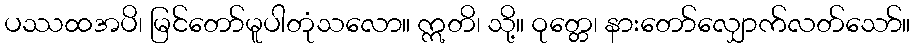
ပဿထအပိ၊ မြင်တော်မူပါတုံသလော။ ဣတိ၊ သို့။ ဝုတ္တေ၊ နားတော်လျှောက်လတ်သော်။